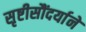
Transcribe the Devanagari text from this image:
सृष्टीसौंदर्याने